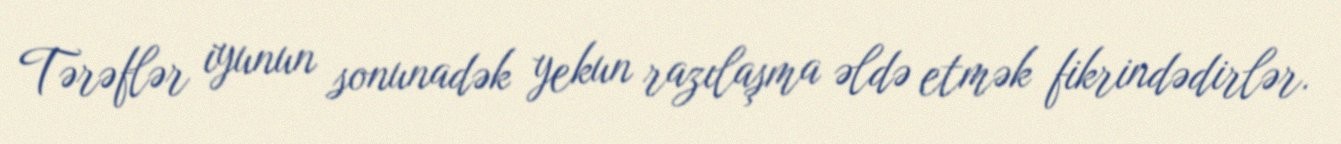
Tərəflər iyunun sonunadək yekun razılaşma əldə etmək fikrindədirlər.